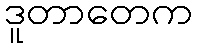
ဒူတာတေက